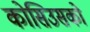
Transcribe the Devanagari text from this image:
कोसिउसको